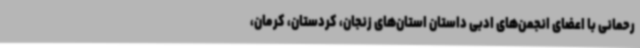
رحمانی با اعضای انجمن‌های ادبی داستان استان‌های زنجان، کردستان، کرمان،